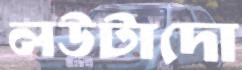
লউটাদো